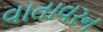
વાતાવરન